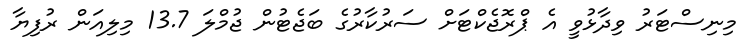
މިނިސްޓަރު ވިދާޅުވީ އެ ޕްރޮޖެކްޓަށް ސަރުކާރުގެ ބަޖެޓުން ޖުމްލަ 13.7 މިލިއަން ރުފިޔާ